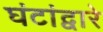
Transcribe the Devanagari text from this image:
घंटांद्वारे